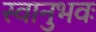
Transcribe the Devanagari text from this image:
स्वानुभवः